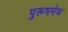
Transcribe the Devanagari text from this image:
पुरूषमेध